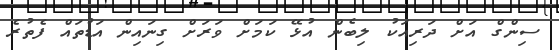
ސިންގް އަށް ދަރިއަކު ލިބެން އުޅޭ ކަމަށް ވަރަށް ގިނައިން އަޑުތައް ފެތުރެ